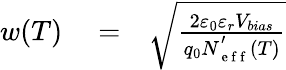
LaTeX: \begin{array}{rlr}{w(T)}&{{}=}&{\sqrt{{\frac{2\varepsilon_{0}\varepsilon_{r}V_{bias}}{q_{0}N_{\mathrm{~e~f~f~}}^{'}(T)}}}}\end{array}